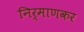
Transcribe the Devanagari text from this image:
निर्माणकर